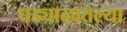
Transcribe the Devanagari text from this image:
घड्याळातल्या